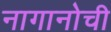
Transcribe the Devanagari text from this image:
नागानोची